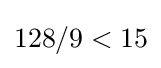
128/9<15